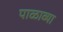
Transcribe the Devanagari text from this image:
पाळाव्या